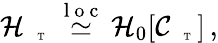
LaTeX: \begin{array}{r}{\mathcal{H}_{\mathrm{~\tiny~\textnormal~{~T~}~}}\stackrel{\mathrm{~l~o~c~}}{\simeq}\mathcal{H}_{0}[\mathcal{C}_{\mathrm{~\tiny~\textnormal~{~T~}~}}]\, ,}\end{array}